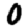
Digit: 0